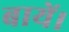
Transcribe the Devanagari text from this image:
बायें।